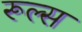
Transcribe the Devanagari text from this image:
रूल्‍स